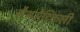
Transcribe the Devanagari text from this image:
मैथमैटिकली